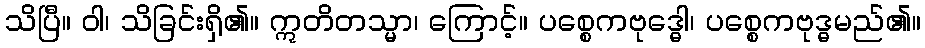
သိပြီ။ ဝါ၊ သိခြင်းရှိ၏။ ဣတိတသ္မာ၊ ကြောင့်။ ပစ္စေကဗုဒ္ဓေါ၊ ပစ္စေကဗုဒ္ဓမည်၏။